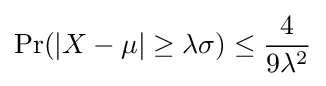
\operatorname {Pr} (\left|X-\mu \right|\geq \lambda \sigma )\leq {\frac {4}{9\lambda ^{2}}}